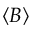
\langle B \rangle